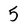
Character: 5